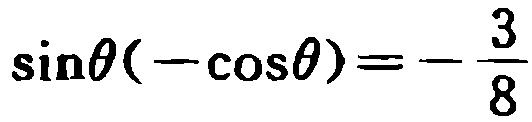
\(\sin\theta(-\cos\theta)=-\frac{3}{8}\)